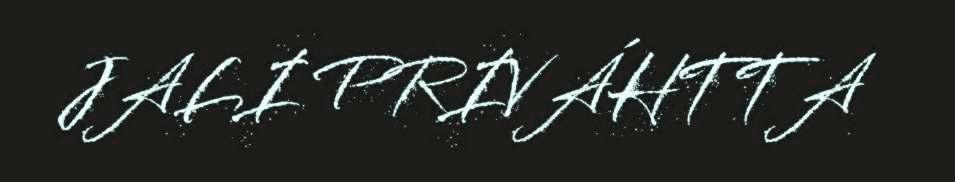
JALI PRIVÁHTTA